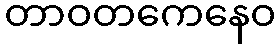
တာဝတကေနေဝ